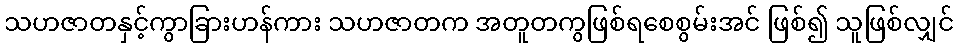
သဟဇာတနှင့်ကွာခြားဟန်ကား သဟဇာတက အတူတကွဖြစ်ရစေစွမ်းအင် ဖြစ်၍ သူဖြစ်လျှင်